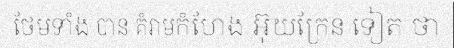
ថែមទាំង បាន គំរាមកំហែង អ៊ុយក្រែន ទៀត ថា